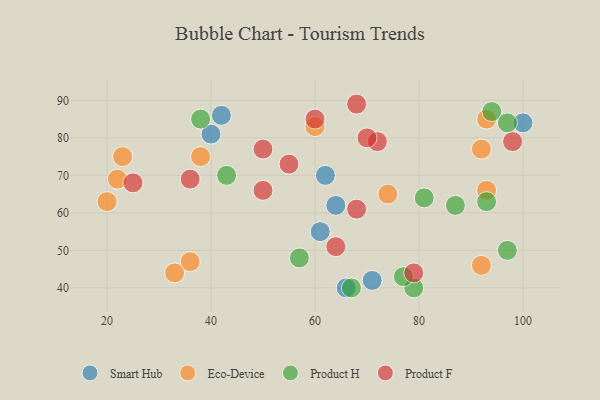
{"axis": {"x": "GDP", "y": "Life Expectancy"}, "legend": ["Eco-Device", "Product F", "Product H", "Smart Hub"], "data": [{"x": "64", "y": 62, "type": "Smart Hub"}, {"x": "62", "y": 70, "type": "Smart Hub"}, {"x": "66", "y": 40, "type": "Smart Hub"}, {"x": "40", "y": 81, "type": "Smart Hub"}, {"x": "100", "y": 84, "type": "Smart Hub"}, {"x": "61", "y": 55, "type": "Smart Hub"}, {"x": "42", "y": 86, "type": "Smart Hub"}, {"x": "71", "y": 42, "type": "Smart Hub"}, {"x": "36", "y": 47, "type": "Eco-Device"}, {"x": "22", "y": 69, "type": "Eco-Device"}, {"x": "33", "y": 44, "type": "Eco-Device"}, {"x": "38", "y": 75, "type": "Eco-Device"}, {"x": "93", "y": 66, "type": "Eco-Device"}, {"x": "92", "y": 77, "type": "Eco-Device"}, {"x": "93", "y": 85, "type": "Eco-Device"}, {"x": "92", "y": 46, "type": "Eco-Device"}, {"x": "23", "y": 75, "type": "Eco-Device"}, {"x": "60", "y": 83, "type": "Eco-Device"}, {"x": "74", "y": 65, "type": "Eco-Device"}, {"x": "20", "y": 63, "type": "Eco-Device"}, {"x": "79", "y": 40, "type": "Product H"}, {"x": "93", "y": 63, "type": "Product H"}, {"x": "94", "y": 87, "type": "Product H"}, {"x": "38", "y": 85, "type": "Product H"}, {"x": "43", "y": 70, "type": "Product H"}, {"x": "87", "y": 62, "type": "Product H"}, {"x": "97", "y": 50, "type": "Product H"}, {"x": "67", "y": 40, "type": "Product H"}, {"x": "57", "y": 48, "type": "Product H"}, {"x": "97", "y": 84, "type": "Product H"}, {"x": "81", "y": 64, "type": "Product H"}, {"x": "77", "y": 43, "type": "Product H"}, {"x": "79", "y": 44, "type": "Product F"}, {"x": "72", "y": 79, "type": "Product F"}, {"x": "25", "y": 68, "type": "Product F"}, {"x": "50", "y": 77, "type": "Product F"}, {"x": "60", "y": 85, "type": "Product F"}, {"x": "98", "y": 79, "type": "Product F"}, {"x": "64", "y": 51, "type": "Product F"}, {"x": "68", "y": 89, "type": "Product F"}, {"x": "50", "y": 66, "type": "Product F"}, {"x": "55", "y": 73, "type": "Product F"}, {"x": "36", "y": 69, "type": "Product F"}, {"x": "68", "y": 61, "type": "Product F"}, {"x": "70", "y": 80, "type": "Product F"}]}